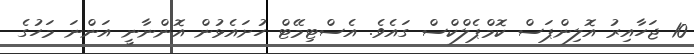
10 ޖަހާއިރު އޮލިންޕަސް ކޮމްޕެލްކްސް ގައެވެ. އެސްޓިމޭޓް ހުށައެޅުން އޮންނާނީ އަންނަ މަހުގެ